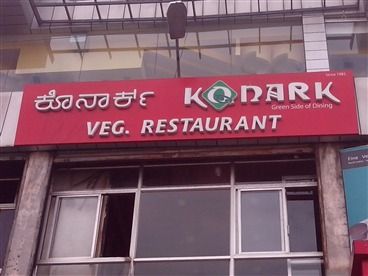
Language: kannada
Transcription: ಕೊನಾರ್ಕ್